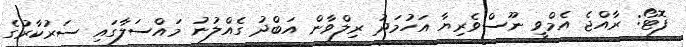
ފޮޓޯ: ރާއްޖެ އެމްވީ ނޫސްވެރިޔާ އަހުމަދު ރިލްވާން އަބްދު ގެއްލުނު މައްސަލާގައި ސަރުކާރުގެ